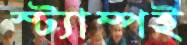
স্ট্যাম্পই